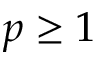
p \ge 1